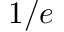
1 / e